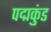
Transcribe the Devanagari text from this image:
पद्मकुंड